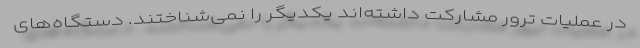
در عملیات ترور مشارکت داشته‌اند یکدیگر را نمی‌شناختند. دستگاه‌های